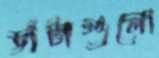
ডাঁটাগুলো